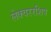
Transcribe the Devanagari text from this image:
लेक्चररशिप